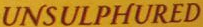
UNSULPHURED